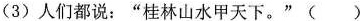
(3)人们都说：”桂林山水甲天下。”()